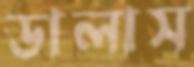
ডালাস